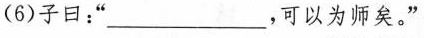
(6)子曰：”____，可以为师矣。”